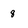
Character: 8